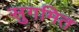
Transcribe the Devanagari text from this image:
सुगमित